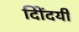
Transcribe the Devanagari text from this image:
दिोंदयी